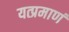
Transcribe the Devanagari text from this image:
यत्प्रमाणं